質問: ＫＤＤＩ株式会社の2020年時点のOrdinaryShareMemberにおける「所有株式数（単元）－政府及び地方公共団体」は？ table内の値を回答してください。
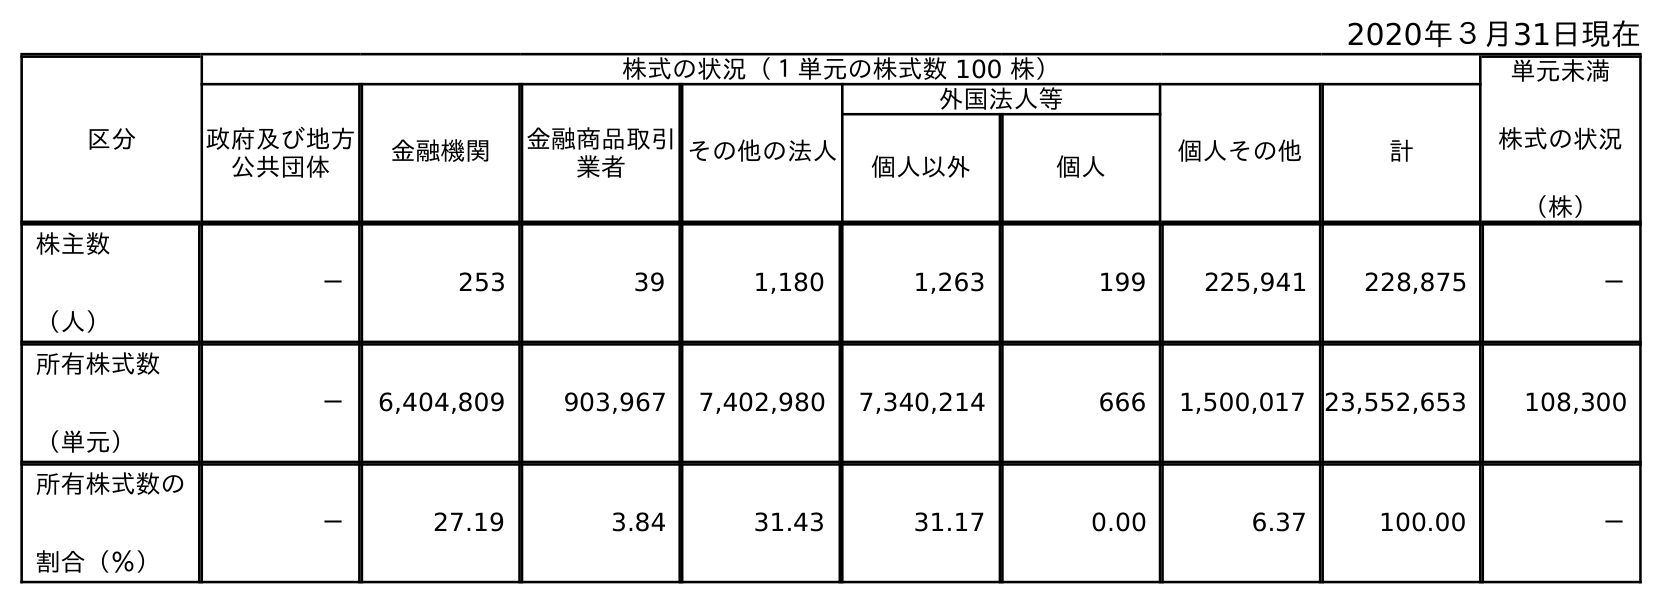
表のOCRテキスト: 2020年３月31日現在 区分 株式の状況（１単元の株式数 100 株） 単元未満 株式の状況 （株） 政府及び地方 公共団体 金融機関 金融商品取引 業者 その他の法人 外国法人等 個人その他 計 個人以外 個人 株主数 （人） － 253 39 1,180 1,263 199 225,941 228,875 － 所有株式数 （単元） － 6,404,809 903,967 7,402,980 7,340,214 666 1,500,017 23,552,653 108,300 所有株式数の 割合（％） － 27.19 3.84 31.43 31.17 0.00 6.37 100.00 －
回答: －